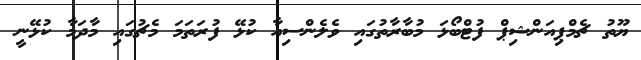
ޔޫތު ޗެމްޕިއަންޝިޕް ފުޓްބޯޅަ މުބާރާތުގައި ވެލެންސިއާ ކުޅޭ ފުރަތަަމަ މެޗުގައި މާދަމާ ކުޅޭނީ